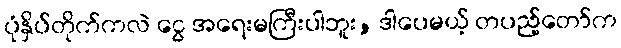
ပုံနှိပ်တိုက်ကလဲ ငွေ အရေးမကြီးပါဘူး, ဒါပေမယ့် တပည့်တော်က